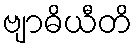
ဗျာဓိယီတိ